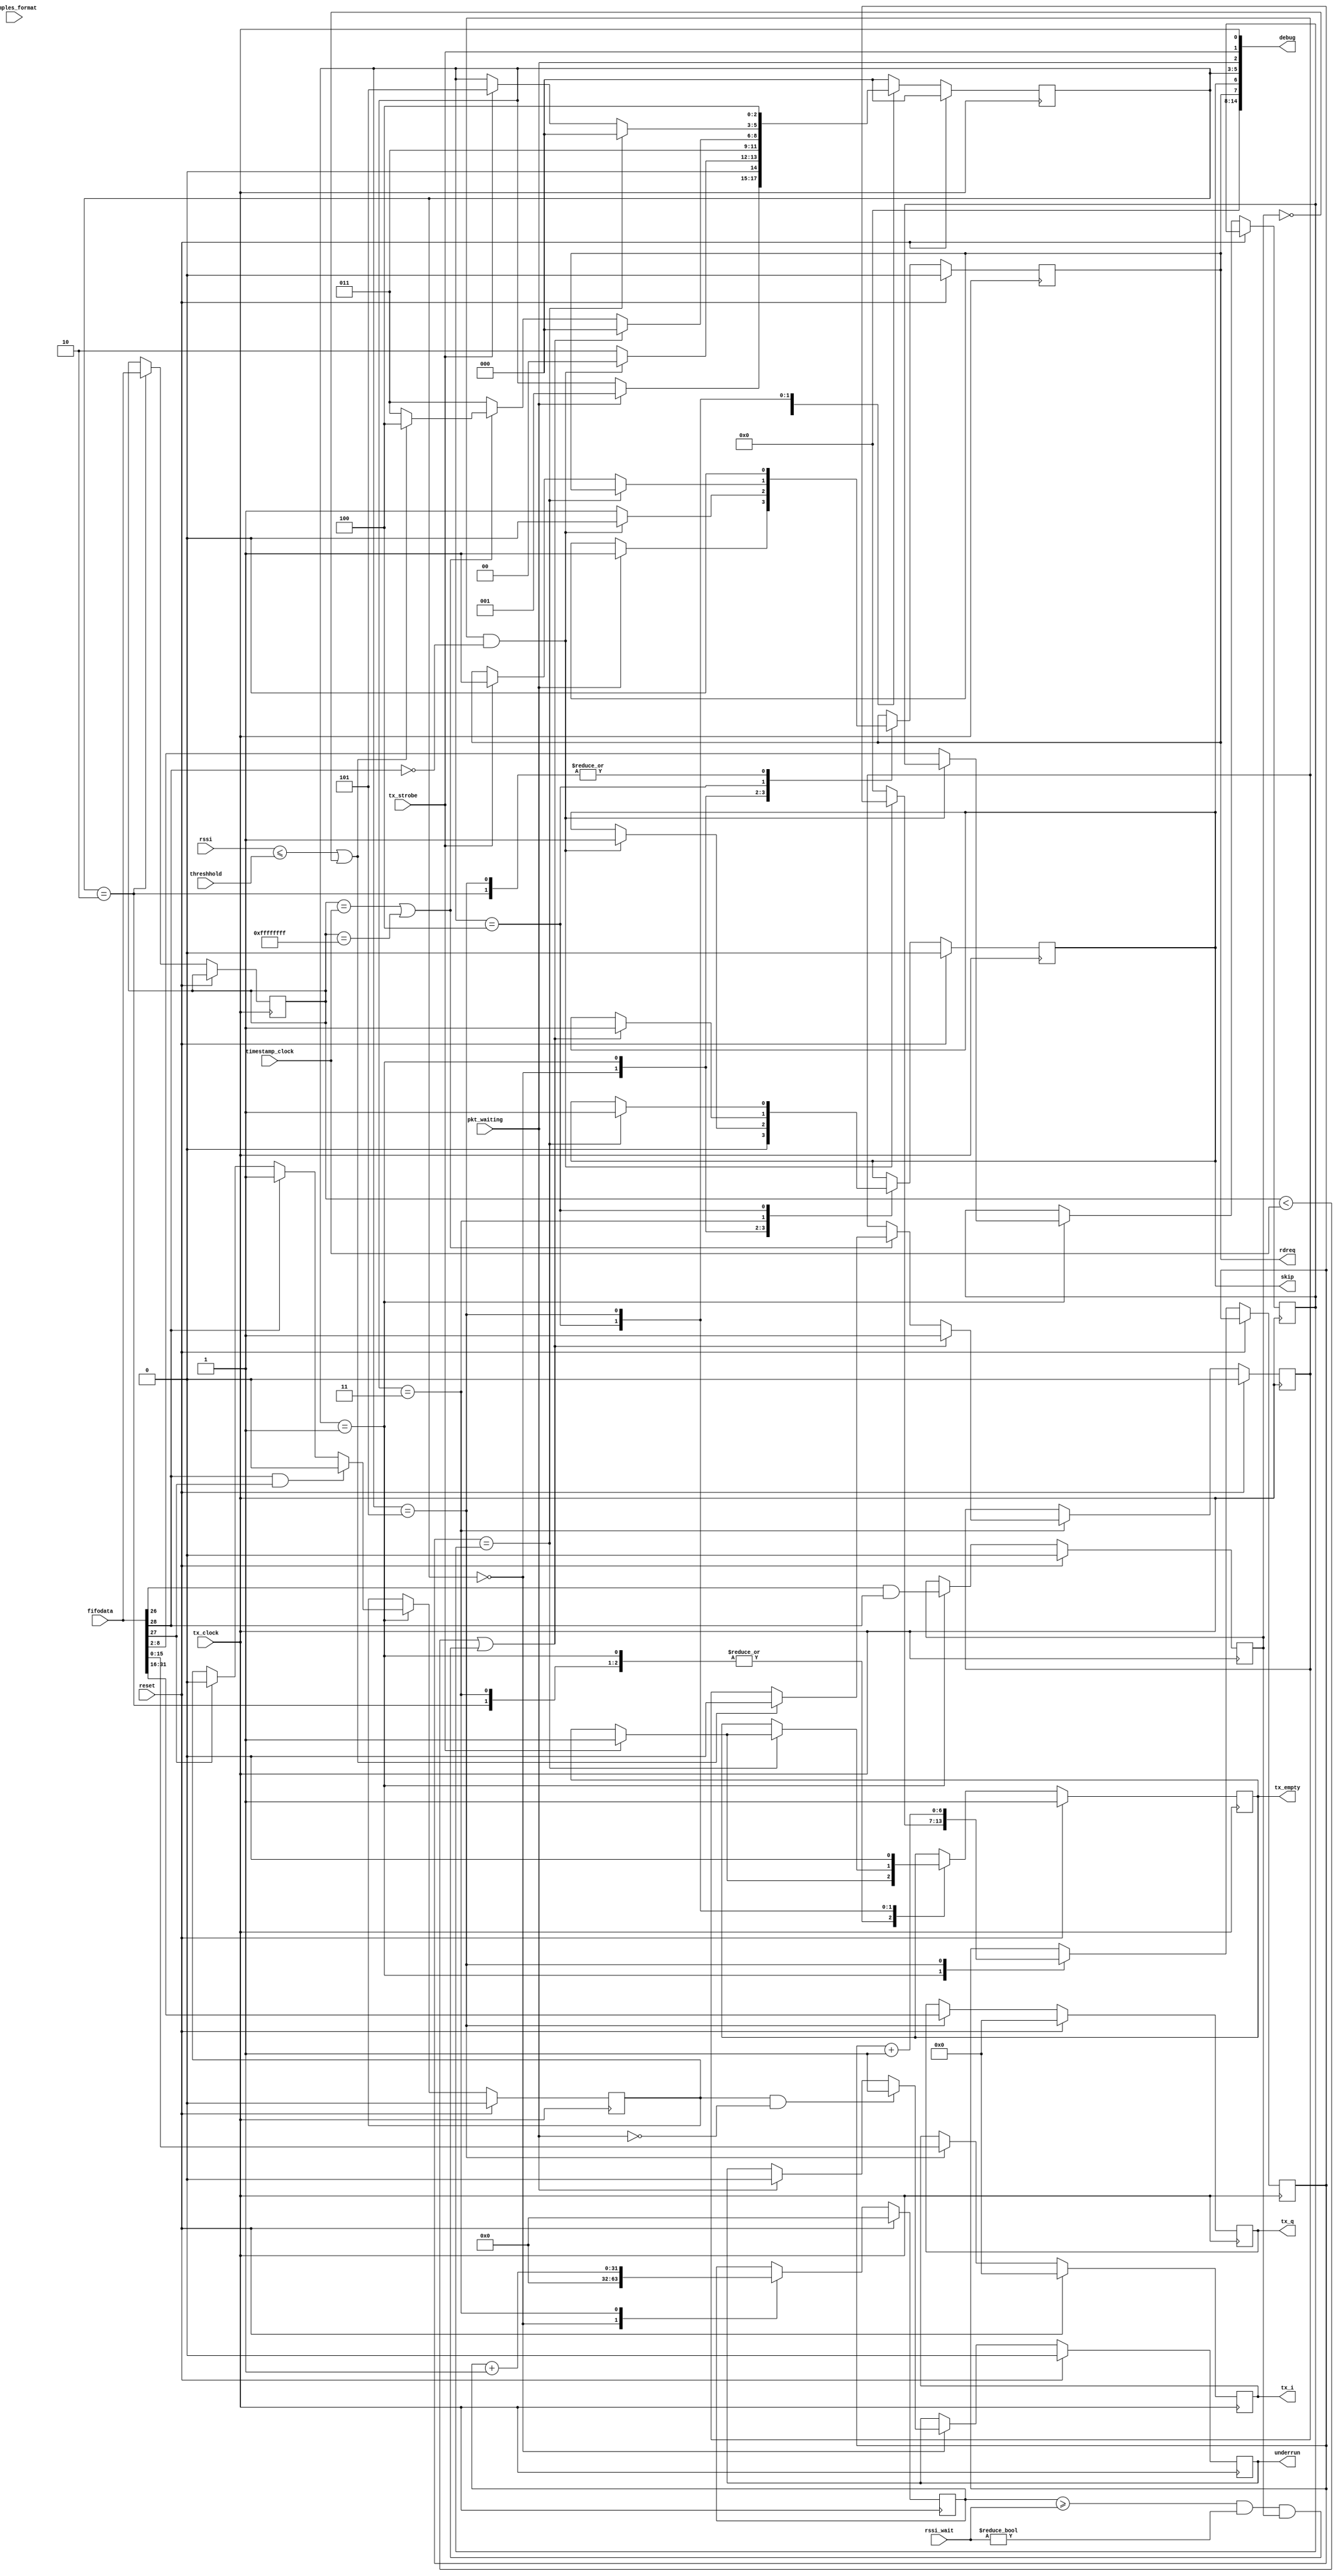
module chan_fifo_reader 
   (reset, tx_clock, tx_strobe, timestamp_clock, samples_format,
    fifodata, pkt_waiting, rdreq, skip, tx_q, tx_i,
    underrun, tx_empty, debug, rssi, threshhold, rssi_wait) ;

   input   wire                     reset ;
   input   wire                     tx_clock ;
   input   wire                     tx_strobe ; //signal to output tx_i and tx_q
   input   wire              [31:0] timestamp_clock ; //current time
   input   wire               [3:0] samples_format ;// not useful at this point
   input   wire              [31:0] fifodata ; //the data input
   input   wire                     pkt_waiting ; //signal the next packet is ready
   output  reg                      rdreq ; //actually an ack to the current fifodata
   output  reg                      skip ; //finish reading current packet
   output  reg               [15:0] tx_q ; //top 16 bit output of fifodata
   output  reg               [15:0] tx_i ; //bottom 16 bit output of fifodata
   output  reg                      underrun ; 
   output  reg                      tx_empty ; //cause 0 to be the output
   input   wire		     [31:0] rssi;
   input   wire		     [31:0] threshhold;
   input   wire		     [31:0] rssi_wait;

   output wire [14:0] debug;
   assign debug = {7'd0, rdreq, skip, reader_state, pkt_waiting, tx_strobe, tx_clock};
   
   //Samples format
   // 16 bits interleaved complex samples
   `define QI16                     4'b0
    
   // States
   parameter IDLE           =     3'd0;    
   parameter HEADER         =     3'd1;
   parameter TIMESTAMP      =     3'd2;
   parameter WAIT           =     3'd3;
   parameter WAITSTROBE     =     3'd4;
   parameter SEND           =     3'd5;

   // Header format
   `define PAYLOAD                  8:2
   `define ENDOFBURST               27
   `define STARTOFBURST             28
   `define RSSI_FLAG                26
	

   /* State registers */
   reg                        [2:0] reader_state;
   /* Local registers */  
   reg                        [6:0] payload_len;
   reg                        [6:0] read_len;
   reg                       [31:0] timestamp;
   reg                              burst;
   reg                              trash;
   reg                              rssi_flag;
   reg			     [31:0] time_wait;
   
   always @(posedge tx_clock)
     begin
       if (reset) 
         begin
           reader_state <= IDLE;
           rdreq <= 0;
           skip <= 0;
           underrun <= 0;
           burst <= 0;
           tx_empty <= 1;
           tx_q <= 0;
           tx_i <= 0;
           trash <= 0;
           rssi_flag <= 0;
           time_wait <= 0;
         end
       else 
         begin
           case (reader_state)
             IDLE:
               begin
               /*
		* reset all the variables and wait for a tx_strobe
		* it is assumed that the ram connected to this fifo_reader 
		* is a short hand fifo meaning that the header to the next packet
		* is already available to this fifo_reader when pkt_waiting is on
		*/
                 skip <=0;
                 time_wait <= 0;
                 if (pkt_waiting == 1)
                   begin
                     reader_state <= HEADER;
                     rdreq <= 1;
                     underrun <= 0;
                   end
                 if (burst == 1 && pkt_waiting == 0)
                     underrun <= 1;
                 if (tx_strobe == 1)
                     tx_empty <= 1 ;
               end

               /* Process header */
               HEADER:
                 begin
                   if (tx_strobe == 1)
                       tx_empty <= 1 ;
                   
                   rssi_flag <= fifodata[`RSSI_FLAG]&fifodata[`STARTOFBURST];
                   //Check Start/End burst flag
                   if  (fifodata[`STARTOFBURST] == 1 
                       && fifodata[`ENDOFBURST] == 1)
                       burst <= 0;
                   else if (fifodata[`STARTOFBURST] == 1)
                       burst <= 1;
                   else if (fifodata[`ENDOFBURST] == 1)
                       burst <= 0;

                   if (trash == 1 && fifodata[`STARTOFBURST] == 0)
                     begin
                       skip <= 1;
                       reader_state <= IDLE;
                       rdreq <= 0;
                     end 
                   else
                     begin   
                       payload_len <= fifodata[`PAYLOAD] ;
                       read_len <= 0;
                       rdreq <= 1;
                       reader_state <= TIMESTAMP;
                     end
                 end

               TIMESTAMP: 
                 begin
                   timestamp <= fifodata;
                   reader_state <= WAIT;
                   if (tx_strobe == 1)
                       tx_empty <= 1 ;
                   rdreq <= 0;
                 end
				
               // Decide if we wait, send or discard samples
               WAIT: 
                 begin
                   if (tx_strobe == 1)
                       tx_empty <= 1 ;
                    
                   time_wait <= time_wait + 32'd1;
                   // Outdated
                   if ((timestamp < timestamp_clock) ||
                      (time_wait >= rssi_wait && rssi_wait != 0 && rssi_flag))
                     begin
                       trash <= 1;
                       reader_state <= IDLE;
                       skip <= 1;
                     end  
                   // Let's send it					
                   else if (timestamp == timestamp_clock 
                             || timestamp == 32'hFFFFFFFF)
                     begin
                       if (rssi <= threshhold || rssi_flag == 0)
                         begin
                           trash <= 0;
                           reader_state <= WAITSTROBE; 
                         end
                       else
                         reader_state <= WAIT;
                     end
                   else
                       reader_state <= WAIT;
                 end
                 
               // Wait for the transmit chain to be ready
               WAITSTROBE:
                 begin
                   // If end of payload...
                   if (read_len == payload_len)
                     begin
                       reader_state <= IDLE;
                       skip <= 1;
                       if (tx_strobe == 1)
                           tx_empty <= 1 ;
                     end  
                   else if (tx_strobe == 1)
                     begin
                       reader_state <= SEND;
                       rdreq <= 1;
                     end
                 end
               
               // Send the samples to the tx_chain
               SEND:
                 begin
                   reader_state <= WAITSTROBE; 
                   read_len <= read_len + 7'd1;
                   tx_empty <= 0;
                   rdreq <= 0;
                   
                   case(samples_format)
                       `QI16:
                        begin
                            tx_i <= fifodata[15:0];
                            tx_q <= fifodata[31:16];
                        end
                        
                        // Assume 16 bits complex samples by default
                        default:
                        begin
                            tx_i <= fifodata[15:0];
                            tx_q <= fifodata[31:16];
                        end 
                   endcase
                 end
               
               default:
                 begin
                   //error handling
                   reader_state <= IDLE;
                 end
           endcase
       end
   end
 
endmodule